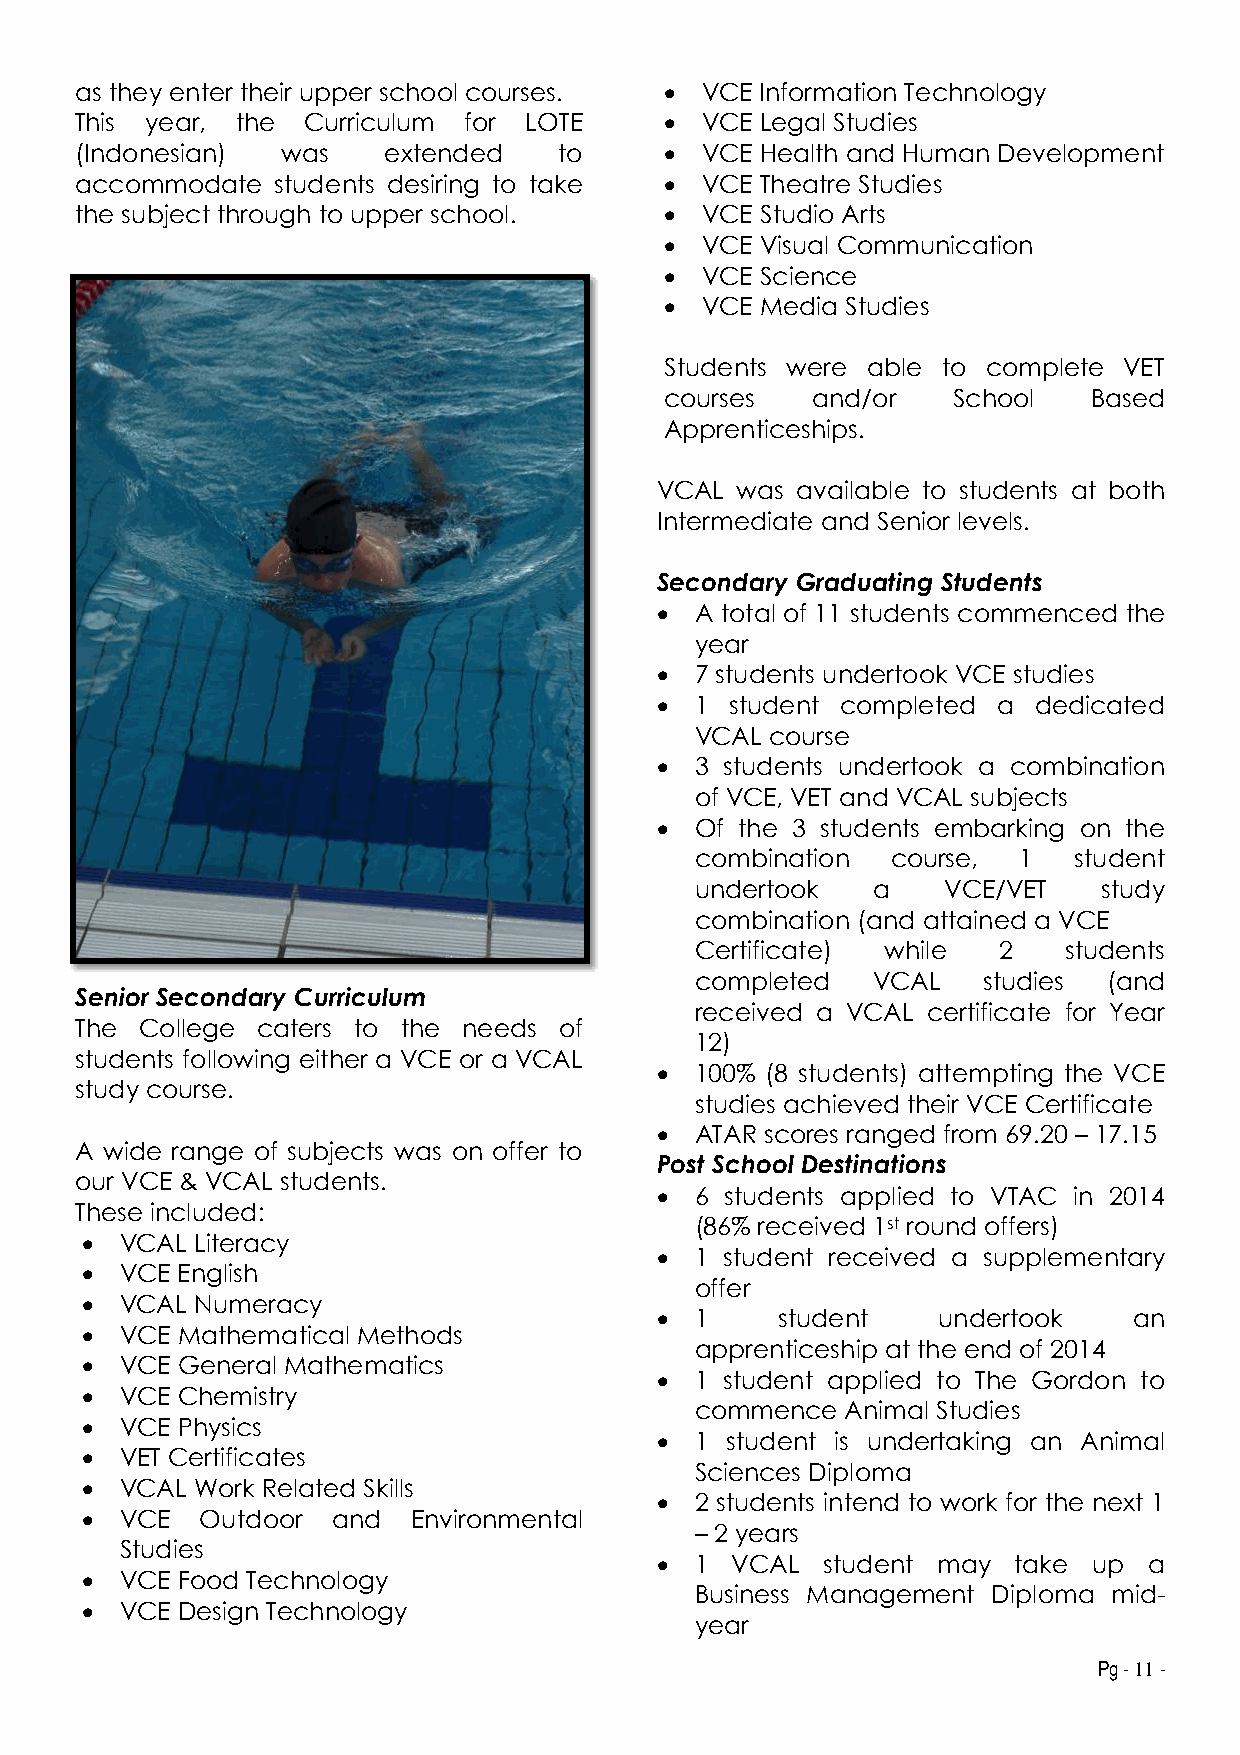
as they enter their upper school courses.  VCE Information Technology
 This year, the Curriculum for LOTE      VCE Legal Studies
 (Indonesian)  was   extended    to      VCE Health and Human Development
 accommodate  students desiring to take  VCE Theatre Studies
 the subject through to upper school.    VCE Studio Arts
  VCE Visual Communication
  VCE Science
  VCE Media Studies
 Students were able to complete VET
 courses   and/or   School   Based
 Apprenticeships.
 VCAL  was available to students at both
 Intermediate and Senior levels.
 Secondary Graduating Students
   A total of 11 students commenced the
 year
   7 students undertook VCE studies
   1 student completed a dedicated
 VCAL course
   3 students undertook a combination
 of VCE, VET and VCAL subjects
   Of the 3 students embarking on the
 combination  course,  1  student
 undertook   a   VCE/VET    study
 combination (and attained a VCE
 Certificate) while  2   students
 completed   VCAL   studies (and
 Senior Secondary Curriculum
 received a VCAL certificate for Year
 The College caters to the needs of
 12)
 students following either a VCE or a VCAL
   100% (8 students) attempting the VCE
 study course.
 studies achieved their VCE Certificate
   ATAR scores ranged from 69.20 – 17.15
 A wide range of subjects was on offer to
 Post School Destinations
 our VCE & VCAL students.
   6 students applied to VTAC in 2014
 These included:
 (86% received 1st round offers)
   VCAL Literacy
   1 student received a supplementary
   VCE English
 offer
   VCAL Numeracy
   1     student   undertook    an
   VCE Mathematical Methods
 apprenticeship at the end of 2014
   VCE General Mathematics
   1 student applied to The Gordon to
   VCE Chemistry
 commence  Animal Studies
   VCE Physics
   1 student is undertaking an Animal
   VET Certificates
 Sciences Diploma
   VCAL Work Related Skills
   2 students intend to work for the next 1
   VCE  Outdoor  and  Environmental
 – 2 years
 Studies
   1 VCAL  student may  take up  a
   VCE Food Technology
 Business Management Diploma mid-
   VCE Design Technology
 year
 Pg - 11 -